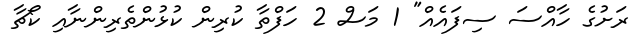
ރަށުގެ ހާއްސަ ސިފައެއް" 1 މަސް 2 ހަފްތާ ކުރިން ކުޅުންތެރިންނާއި ކޯޗާ